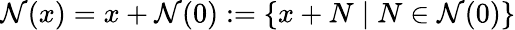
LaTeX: {\mathcal{N}}(x)=x+{\mathcal{N}}(0):=\{ x+N\mid N\in{\mathcal{N}}(0)\}